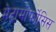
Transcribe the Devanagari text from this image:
मेटामोर्फोसिस